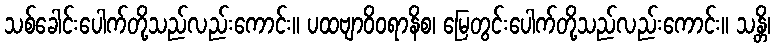
သစ်ခေါင်းပေါက်တို့သည်လည်းကောင်း။ ပထဗျာဝိဝရာနိစ၊ မြေတွင်းပေါက်တို့သည်လည်းကောင်း။ သန္တိ၊